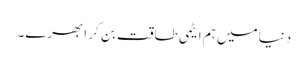
دنیا میں ہم ایٹمی طاقت بن کر ابھرے۔